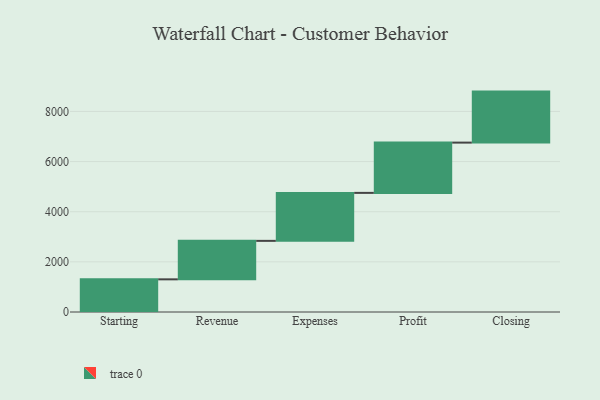
{"axis": {"x": "Step", "y": "Value"}, "legend": [""], "data": [{"x": "Starting", "y": 1303.0, "type": ""}, {"x": "Revenue", "y": 1535.0, "type": ""}, {"x": "Expenses", "y": 1914.0, "type": ""}, {"x": "Profit", "y": 2005.0, "type": ""}, {"x": "Closing", "y": 2035.0, "type": ""}]}